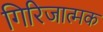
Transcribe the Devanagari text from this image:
गिरिजात्मक